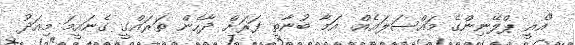
"އެއީ ޕްލޭނިންގެ މައްސަލައެއް. އަމާ ބުނާތީ ފަރަށް ދާހެން ތަރައްގީ ގެނައީމަ މިއަދު